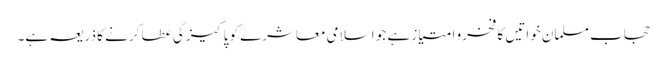
حجاب مسلمان خواتیں کا فخرو امتیاز ہے جو اسلامی معاشرے کو پاکیزگی عطا کرنے کا ذریعہ ہے۔